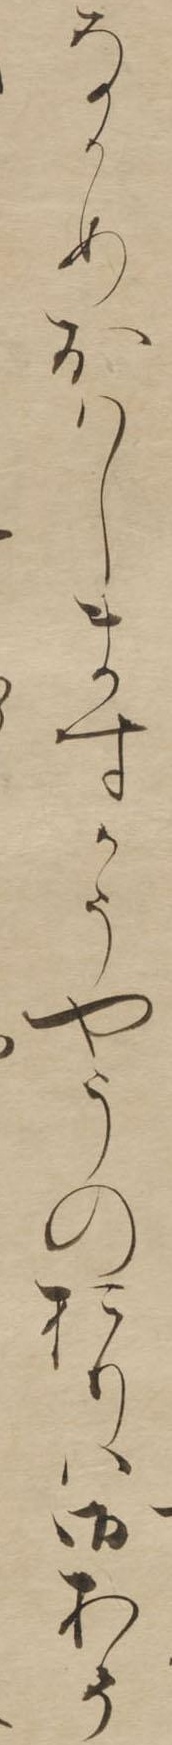
なかめおはしますかうやうのおりは御あそ